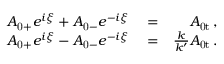
\begin{array} { r l r } { A _ { \mathrm { 0 + } } e ^ { i \xi } + A _ { \mathrm { 0 - } } e ^ { - i \xi } } & { { } = } & { A _ { \mathrm { 0 t } } \, , } \\ { A _ { \mathrm { 0 + } } e ^ { i \xi } - A _ { \mathrm { 0 - } } e ^ { - i \xi } } & { { } = } & { \frac { k } { k ^ { \prime } } A _ { \mathrm { 0 t } } \, . } \end{array}